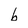
Character: b